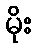
မိုး